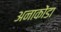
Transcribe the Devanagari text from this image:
अनाकोंडा